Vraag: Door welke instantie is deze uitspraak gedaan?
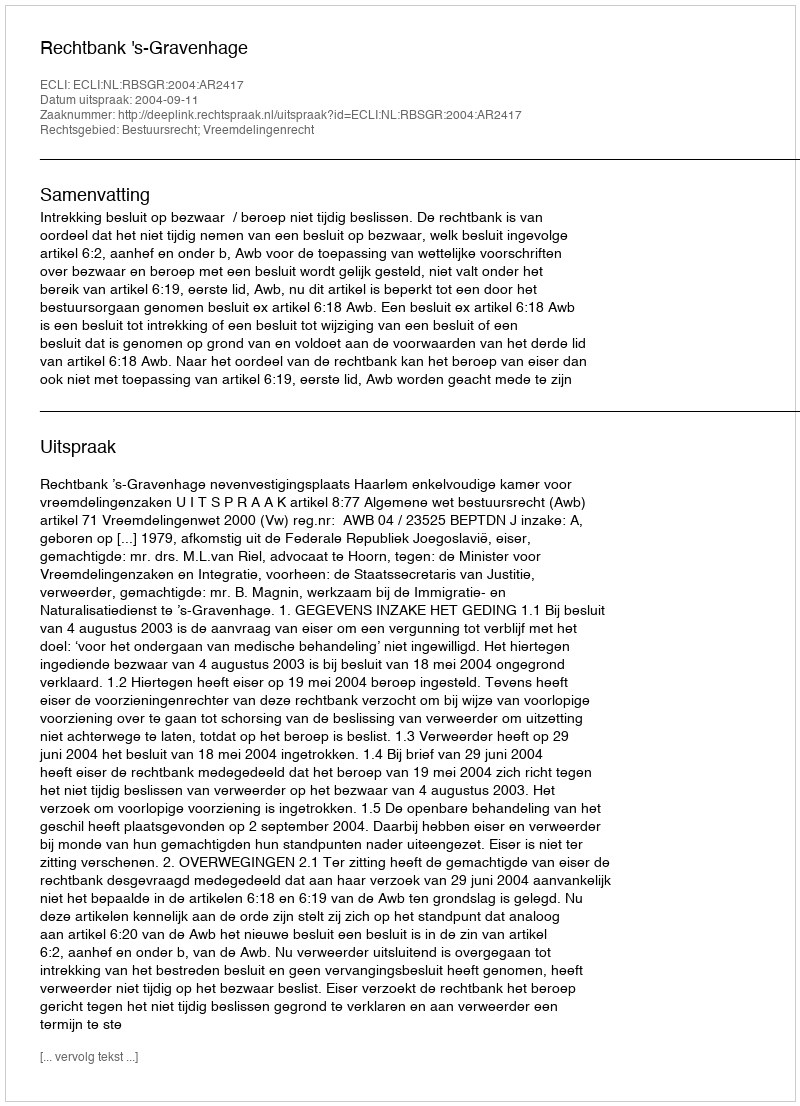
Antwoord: Rechtbank 's-Gravenhage